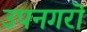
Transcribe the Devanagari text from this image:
उपनगरॊ